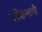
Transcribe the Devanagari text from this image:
परीक्षणाची